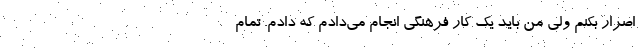
اصرار بکنم ولی من باید یک کار فرهنگی انجام می‌دادم که دادم. تمام